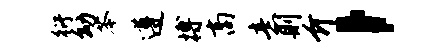
衍幼苓遵搏商意则介，